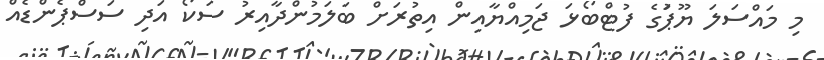
މި މައްސަލަ ޔޫޕަުގެ ފުޓްބޯޅަ ޖަމިއްޔާއިން އިތުރަށް ބަލަމުންދާއިރު ސަކޯ އަދި ސަސްޕެންޑެއް